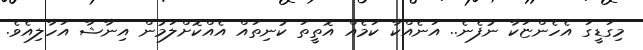
މިގަޑީގަ އެހެންޏަކާ ނުފެނެ.. އަނެއްކާ ކަމެއް އޮތީތަ ކުނިތައް އެއްކޮށްލަމުން އިނާޝާ އަހާލިއެވެ.